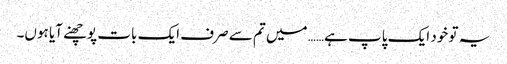
یہ تو خود ایک پاپ ہے…… میں تم سے صرف ایک بات پوچھنے آیا ہوں۔